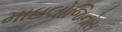
માઇલોજિનોસ